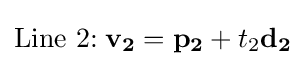
{\text{Line 2:}}\;\mathbf {v_{2}} =\mathbf {p_{2}} +t_{2}\mathbf {d_{2}}